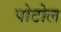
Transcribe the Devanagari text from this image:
पोटोल